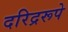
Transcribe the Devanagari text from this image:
दरिद्ररूपे